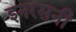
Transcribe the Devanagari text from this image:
इनरसनी